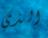
الذي